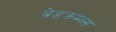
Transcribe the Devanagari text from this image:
ब्रेडक्रम्ब्स